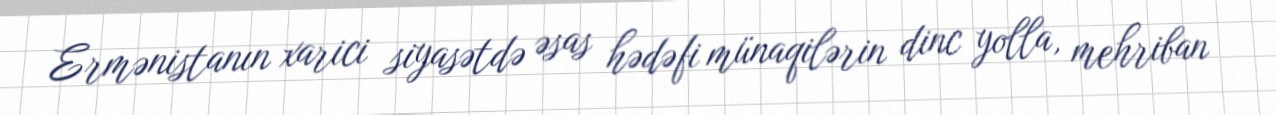
Ermənistanın xarici siyasətdə əsas hədəfi münaqilərin dinc yolla, mehriban